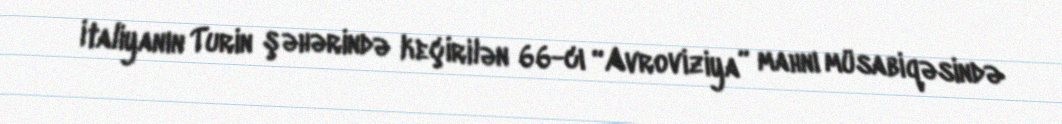
İtaliyanın Turin şəhərində keçirilən 66-cı “Avroviziya” mahnı müsabiqəsində